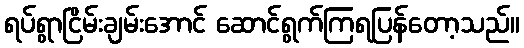
ရပ်ရွာငြိမ်းချမ်းအောင် ဆောင်ရွက်ကြရပြန်တော့သည်။